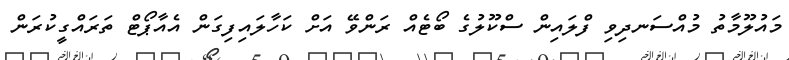
މައުލޫމާތު މުއްސަނދިވި ފްލައިން ސްކޫލުގެ ބޯޓެއް ރަންވޭ އަށް ކަހާލައިފިގަން އެއާޕޯޓް ތަރައްގީކުރަން